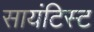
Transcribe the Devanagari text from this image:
सायंटिस्ट